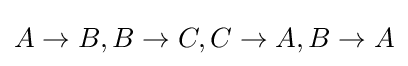
A\to B,B\to C,C\to A,B\to A